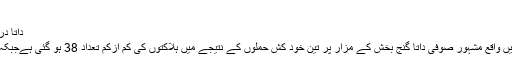
(04.07.2010)
داتا دربار پرحملے، تین درجن سے زائد ہلاک
صوبہ پنجاب کے مرکزی شہر لاہور میں واقع مشہور صوفی داتا گنج بخش کے مزار پر تین خود کش حملوں کے نتیجے میں ہلاکتوں کی کم ازکم تعداد 38 ہو گئی ہےجبکہ 175 سے زائد افراد زخمی ہو ئے ہیں۔